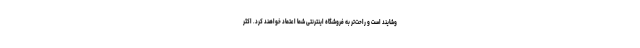
وشایند است و راحت‌تر به فروشگاه اینترنتی شما اعتماد خواهند کرد. اکثر